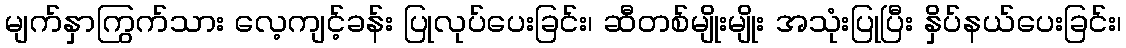
မျက်နှာကြွက်သား လေ့ကျင့်ခန်း ပြုလုပ်ပေးခြင်း၊ ဆီတစ်မျိုးမျိုး အသုံးပြုပြီး နှိပ်နယ်ပေးခြင်း၊